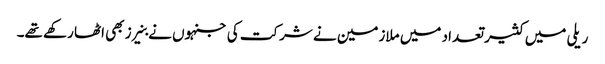
ریلی میں کثیر تعداد میں ملازمین نے شرکت کی جنہوں نے بنیرز بھی اٹھا رکھے تھے۔